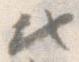
ひ